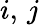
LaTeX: i,\, j